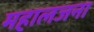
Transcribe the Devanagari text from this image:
महालजना